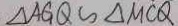
\Delta A G Q \sim \Delta M C Q